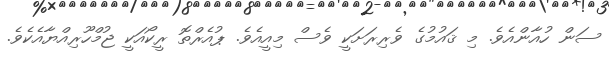
ސަން ހުއާންއެވެ. މި ޤައުމުގެ ވެރިރަށަކީ ވެސް މިއީއެވެ. ޕުއެރްތޮ ރީކޯއަކީ ޖުމްހޫރިއްޔާއެކެވެ.